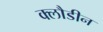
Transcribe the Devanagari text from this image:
क्लौडीन